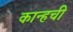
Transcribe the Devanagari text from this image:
कान्हची